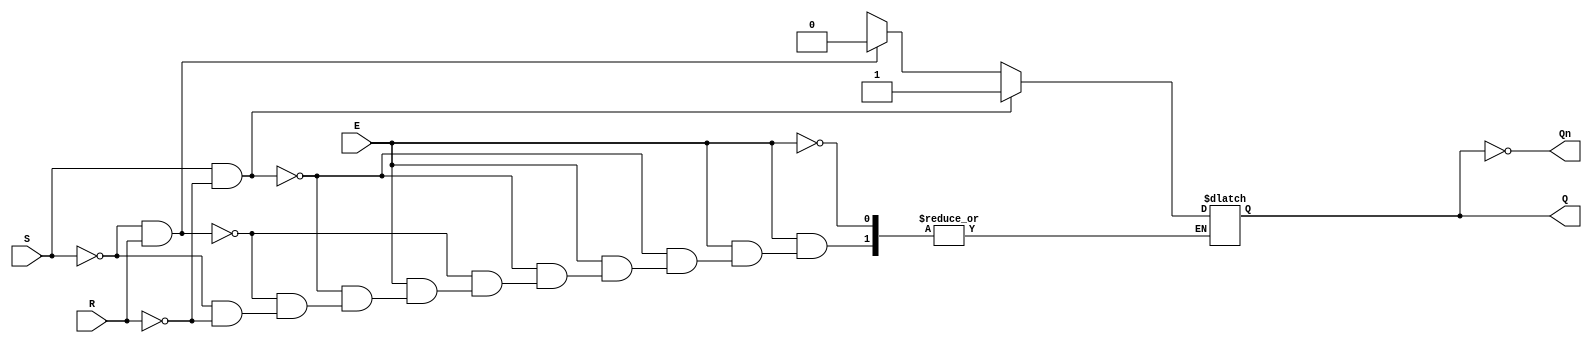
module gated_sr_latch (
    input wire S,       // Set input
    input wire R,       // Reset input
    input wire E,       // Enable input
    output reg Q,       // Output Q
    output wire Qn      // Complementary output Q'
);

    assign Qn = ~Q;     // Q' is the complement of Q

    always @(*) begin
        if (E) begin
            if (S && !R) begin
                Q = 1'b1;  // Set Q to 1
            end else if (!S && R) begin
                Q = 1'b0;  // Reset Q to 0
            end else if (!S && !R) begin
                // Hold state
                Q = Q;     // Retain current state
            end else begin
                // Invalid state (S = 1 and R = 1)
                Q = 1'bx;  // Indeterminate state
            end
        end
        // If E is low, retain the state
    end

endmodule